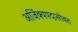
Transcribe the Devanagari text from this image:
अजिंक्यपदासोबत